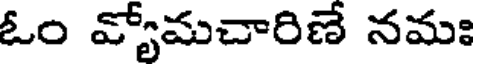
ఓం వ్యోమచారిణే నమః